Vaccination North-Western Provinces 1866-1877 - 1866-1877
Year: 1866
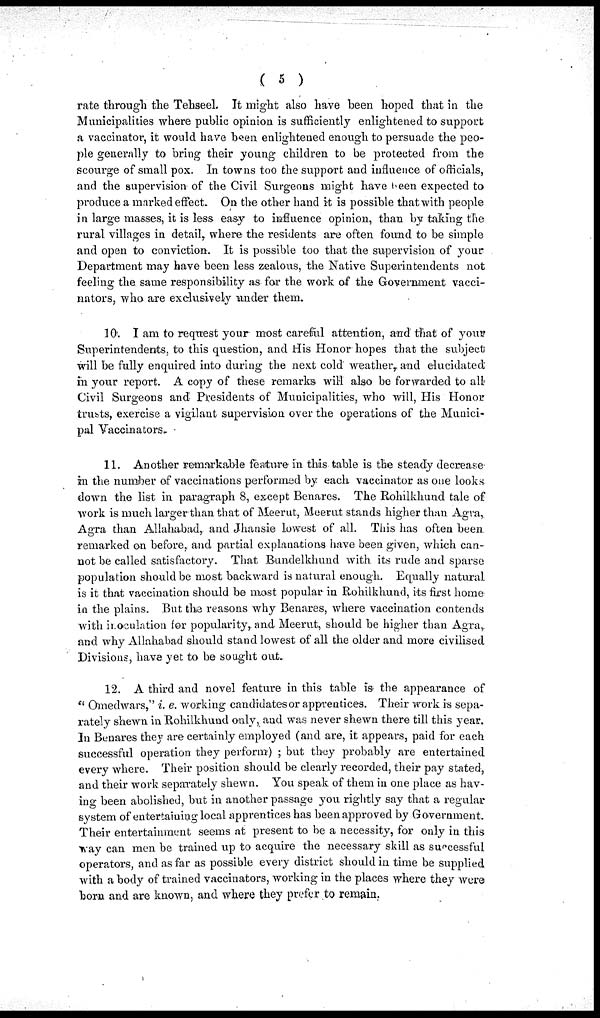
( 5 )
rate through the Tehseel. It might also have been hoped that in the
Municipalities where public opinion is sufficiently enlightened to support
a vaccinator, it would have been enlightened enough to persuade the peo-
ple generally to bring their young children to be protected from the
scourge of small pox. In towns too the support and influence of officials,
and the supervision of the Civil Surgeons might have been expected to
produce a marked effect. On the other hand it is possible that with people
in large masses, it is less easy to influence opinion, than by taking the
rural villages in detail, where the residents are often found to be simple
and open to conviction. It is possible too that the supervision of your
Department may have been less zealous, the Native Superintendents not
feeling the same responsibility as for the work of the Government vacci-
nators, who are exclusively under them.
10. I am to request your most careful attention, and that of your
Superintendents, to this question, and His Honor hopes that the subject
will be fully enquired into during the next cold weather, and elucidated
in your report. A copy of these remarks will also be forwarded to all
Civil Surgeons and Presidents of Municipalities, who will, His Honor
trusts, exercise a vigilant supervision over the operations of the Munici-
pal Vaccinators.
11. Another remarkable feature in this table is the steady decrease
in the number of vaccinations performed by each vaccinator as one looks
down the list in paragraph 8, except Benares. The Rohilkhund tale of
work is much larger than that of Meerut, Meerut stands higher than Agra,
Agra than Allahabad, and Jhansie lowest of all. This has often been
remarked on before, and partial explanations have been given, which can-
not be called satisfactory. That Bundelkhund with its rude and sparse
population should be most backward is natural enough. Equally natural
is it that vaccination should be most popular in Rohilkhund, its first home
in the plains. But the reasons why Benares, where vaccination contends
with inoculation for popularity, and Meerut, should be higher than Agra,.
and why Allahabad should stand lowest of all the older and more civilised
Divisions, have yet to be sought out.
12. A third and novel feature in this table is the appearance of
" Omedwars," i. e. working candidates or apprentices. Their work is sepa-
rately shewn in Rohilkhund only, and was never shewn there till this year.
In Benares they are certainly employed (and are, it appears, paid for each
successful operation they perform) ; but they probably are entertained
every where. Their position should be clearly recorded, their pay stated,
and their work separately shewn. You speak of them in one place as hav-
ing been abolished, but in another passage you rightly say that a regular
system of entertaining local apprentices has been approved by Government.
Their entertainment seems at present to be a necessity, for only in this
way can men be trained up to acquire the necessary skill as successful
operators, and as far as possible every district should in time be supplied
with a body of trained vaccinators, working in the places where they were
born and are known, and where they prefer to remain.